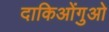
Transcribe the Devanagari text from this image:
दाकिओंगुओ